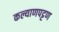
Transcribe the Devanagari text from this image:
कल्याणपट्टण